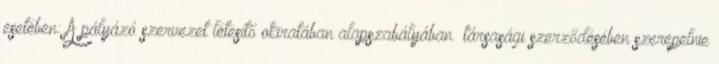
esetében: A pályázó szervezet létesítő okiratában alapszabályában társasági szerződésében szerepelnie